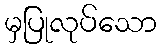
မှပြုလုပ်သော